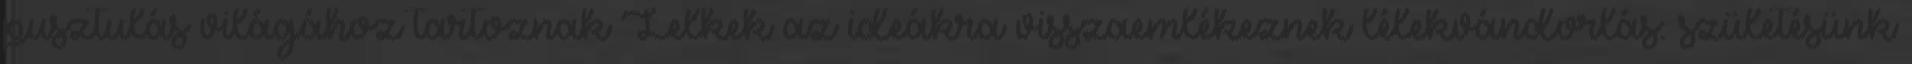
pusztulás világához tartoznak Lelkek az ideákra visszaemlékeznek lélekvándorlás: születésünk